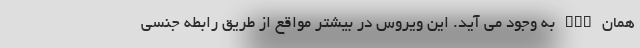
همان hpv به وجود می آید. این ویروس در بیشتر مواقع از طریق رابطه جنسی